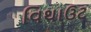
વિથાઉટ